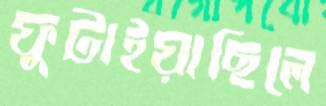
ফুটাইয়াছিলে